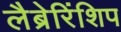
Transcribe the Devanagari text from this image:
लैब्रेरिंशिप